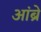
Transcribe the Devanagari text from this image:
आंब्रे